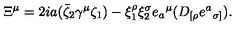
\Xi ^ { \mu } = 2 i a ( \bar { \zeta } _ { 2 } \gamma ^ { \mu } \zeta _ { 1 } ) - \xi _ { 1 } ^ { \rho } \xi _ { 2 } ^ { \sigma } e { _ a } ^ { \mu } ( D _ { [ \rho } e { ^ a } _ { \sigma ] } ) .